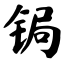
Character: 锔